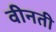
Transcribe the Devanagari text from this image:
वीनती